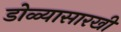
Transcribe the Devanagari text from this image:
डोळ्यासारखी